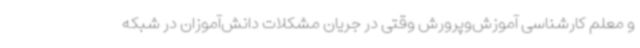
و معلم کارشناسی آموزش‌وپرورش وقتی در جریان مشکلات دانش‌آموزان در شبکه